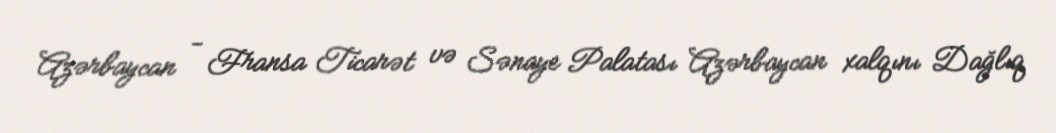
Azərbaycan - Fransa Ticarət və Sənaye Palatası Azərbaycan xalqını Dağlıq